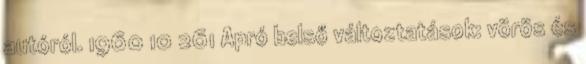
autóról. 1960 10 261 Apró belső változtatások: vörös és